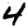
Digit: 4